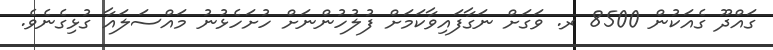
ގައްދޫ ގެއަކުން 8500 ރ. ވަގަށް ނަގާފައިވާކަމަށް ފުލުހުންނަށް ހުށަހެޅުނު މައްސަލައާ ގުޅިގެނެވެ.